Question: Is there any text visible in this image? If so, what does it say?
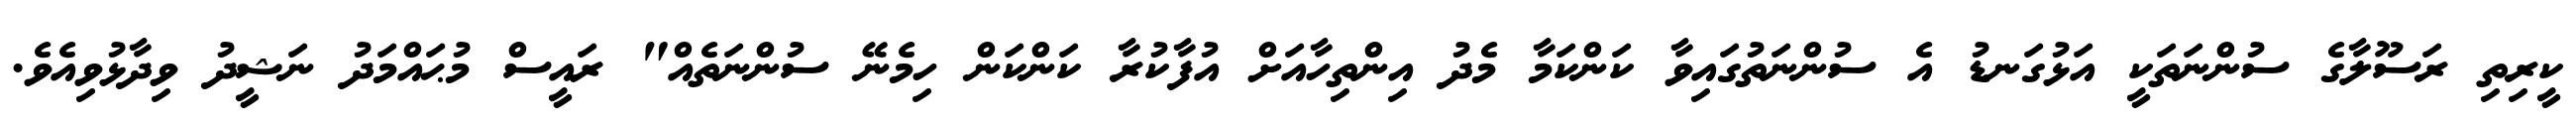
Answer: ކީރިތި ރަސޫލާގެ ސުންނަތަކީ އަޅުގަނޑު އެ ސުންނަތުގައިވާ ކަންކަމާ މެދު އިންތިހާއަށް އުފާކުރާ ކަންކަން ހިމެނޭ ސުންނަތެއް" ރައީސް މުޙައްމަދު ނަޝީދު ވިދާޅުވިއެވެ.